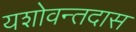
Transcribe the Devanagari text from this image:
यशोवन्तदास